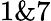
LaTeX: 1\& 7